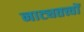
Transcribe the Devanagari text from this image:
नाट्यतत्त्वों